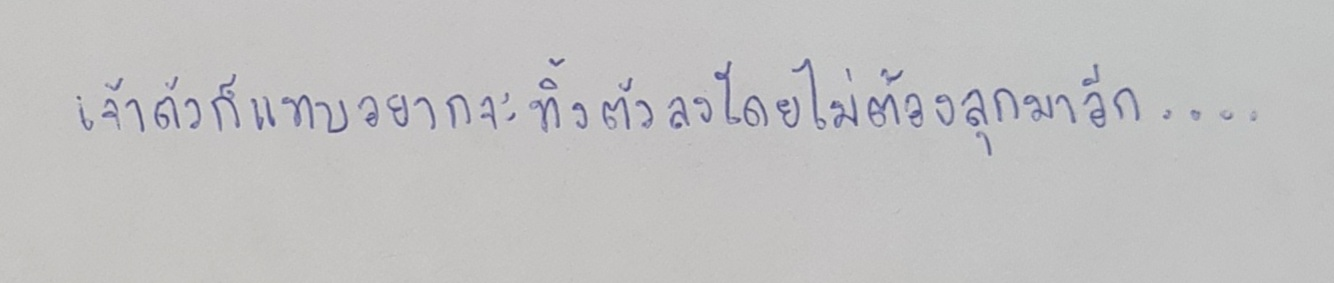
เจ้าตัวก็แทบอยากจะทิ้งตัวลงโดยไม่ต้องลุกมาอีก....